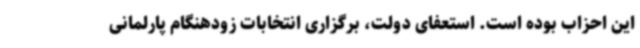
این احزاب بوده است. استعفای دولت، برگزاری انتخابات زودهنگام پارلمانی